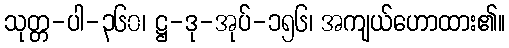
သုတ္တ-ပါ-၃၆၀၊ ဋ္ဌ-ဒု-အုပ်-၁၅၆၊ အကျယ်ဟောထား၏။